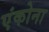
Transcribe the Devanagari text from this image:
एंकोना